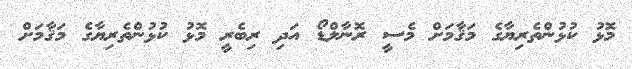
މޮޅު ކުޅުންތެރިޔާގެ މަޤާމަށް މެސީ ރޮނާލްޑޯ އަދި ރިބެރީ މޮޅު ކުޅުންތެރިޔާގެ މަޤާމަށް